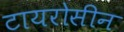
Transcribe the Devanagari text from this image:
टायरोसीन